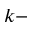
k -